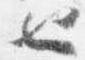
也